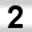
Digit: 2